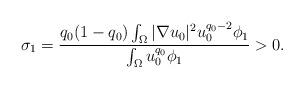
LaTeX: \begin{align*}\sigma_{1} = \frac{q_{0}(1- q_{0}) \int_{\Omega}|\nabla u_{0}|^{2}u_{0}^{q_{0}-2} \phi_{1} }{\int_{\Omega}u_{0}^{q_{0}} \phi_{1}} > 0.\end{align*}